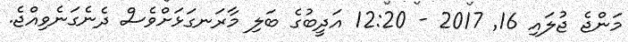
މަންޖެ ޖުލައި 16